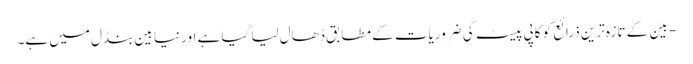
- بین کے تازہ ترین ذرائع کو کاپی پیسٹ کی ضروریات کے مطابق ڈھال لیا گیا ہے اور نیا بین بنڈل میں ہے۔